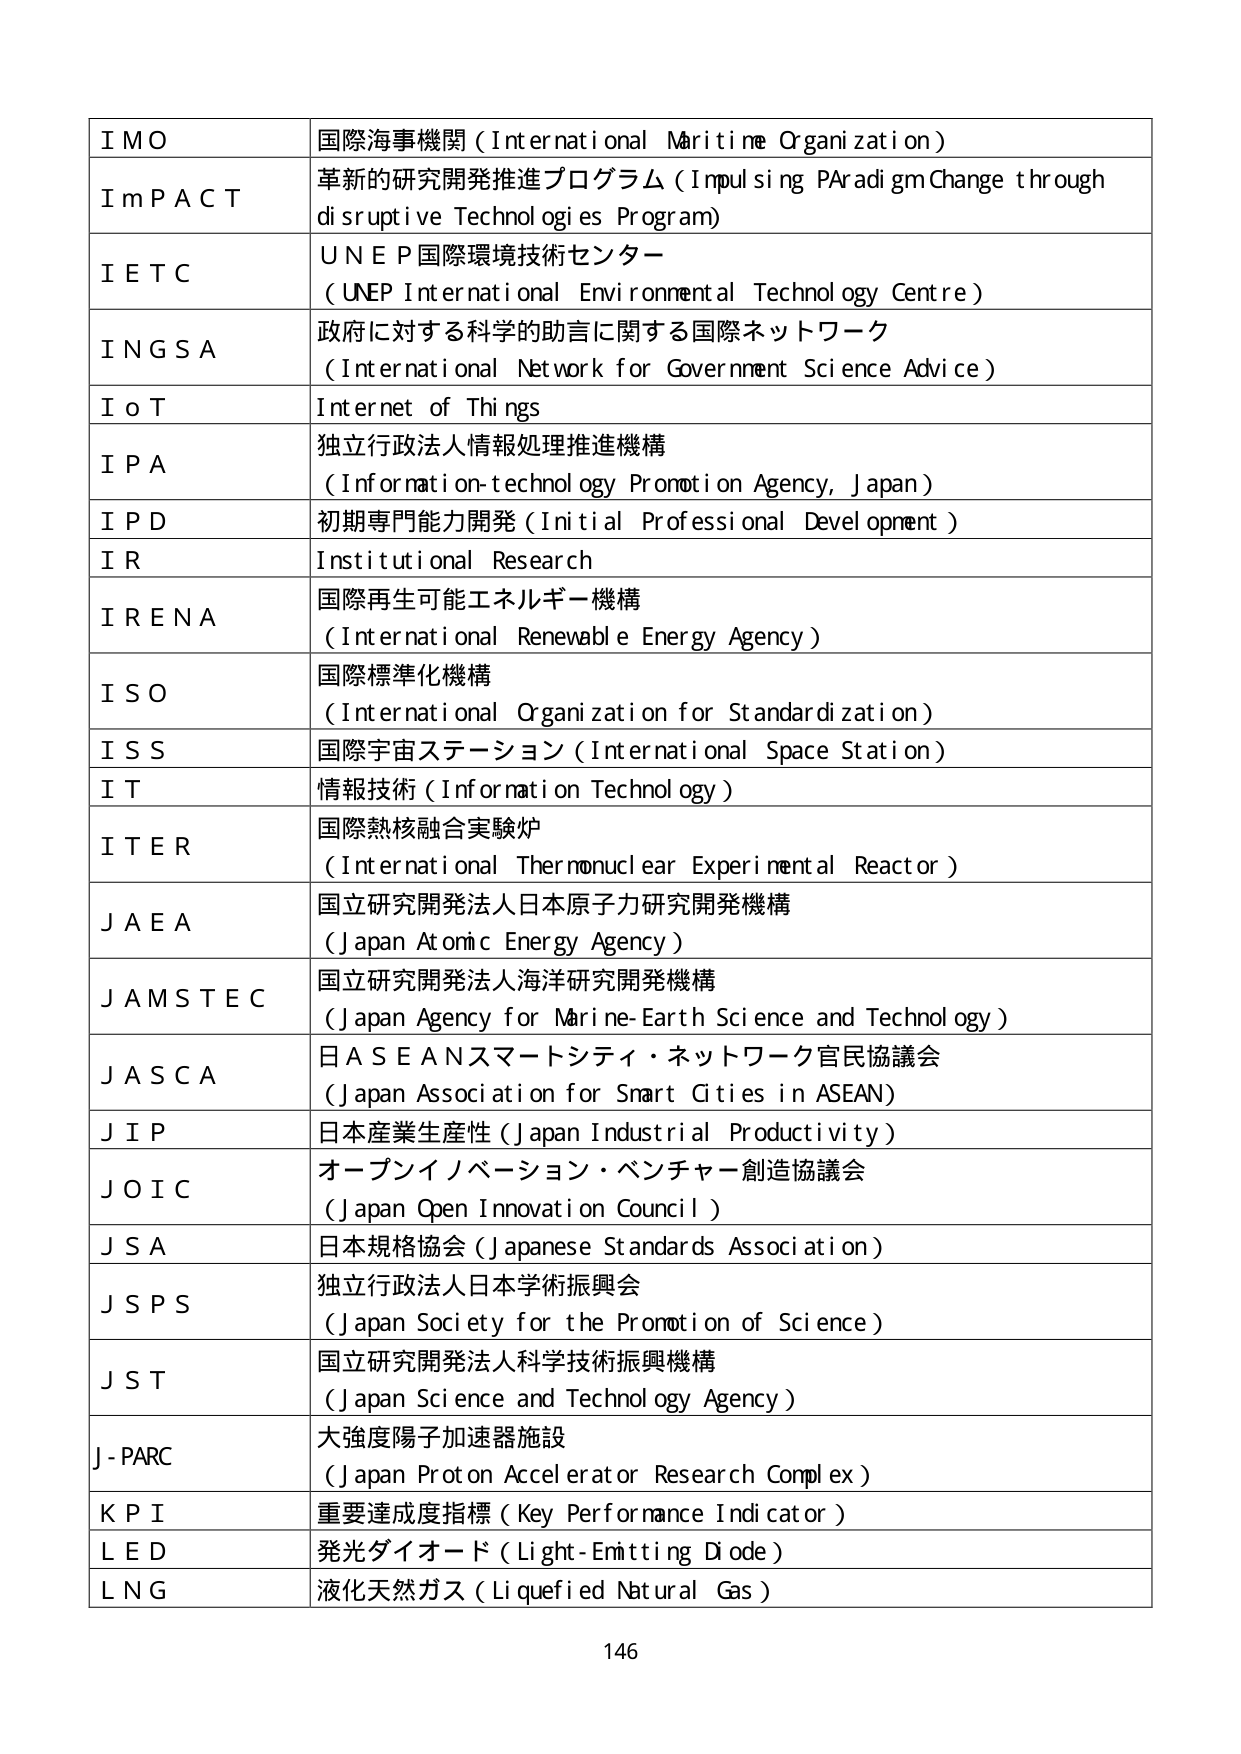
IMO 国際海事機関（International Maritime Organization）
ImPACT 革新的研究開発推進プログラム（Impulsing Paradigm Change through disruptive Technologies Program）
IETC UNEP国際環境技術センター（UNEP International Environmental Technology Centre）
INGS A 政府に対する科学的助言に関する国際ネットワーク（International Network for Government Science Advice）
IoT Internet of Things
IPA 独立行政法人情報処理推進機構（Information-technology Promotion Agency, Japan）
IPD 初期専門能力開発（Initial Professional Development）
IR Institutional Research
IRENA 国際再生可能エネルギー機構（International Renewable Energy Agency）
ISO 国際標準化機構（International Organization for Standardization）
ISS 国際宇宙ステーション（International Space Station）
IT 情報技術（Information Technology）
ITER 国際熱核融合実験炉（International Thermonuclear Experimental Reactor）
JAEA 国立研究開発法人日本原子力研究開発機構（Japan Atomic Energy Agency）
JAMSTEC 国立研究開発法人海洋研究開発機構（Japan Agency for Marine-Earth Science and Technology）
JASCA 日ASEANスマートシティ・ネットワーク官民協議会（Japan Association for Smart Cities in ASEAN）
JIP 日本産業生産性（Japan Industrial Productivity）
JOIC オープンイノベーション・ベンチャー創造協議会（Japan Open Innovation Council）
JSA 日本規格協会（Japanese Standards Association）
JSPS 独立行政法人日本学術振興会（Japan Society for the Promotion of Science）
JST 国立研究開発法人科学技術振興機構（Japan Science and Technology Agency）
J-PARC 大強度陽子加速器施設（Japan Proton Accelerator Research Complex）
KPI 重要達成度指標（Key Performance Indicator）
LED 発光ダイオード（Light-Emitting Diode）
LNG 液化天然ガス（Liquefied Natural Gas）
146